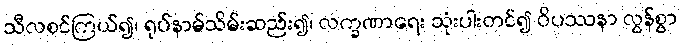
သီလစင်ကြယ်၍၊ ရုပ်နာမ်သိမ်းဆည်း၍၊ လက္ခဏာရေး သုံးပါးတင်၍ ဝိပဿနာ လွန်စွာ